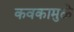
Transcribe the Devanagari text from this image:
कवकामुळे